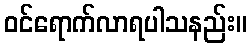
ဝင်ရောက်လာရပါသနည်း။